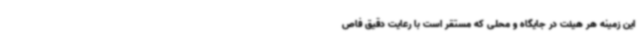
این زمینه هر هیئت در جایگاه و محلی که مستقر است با رعایت دقیق فاص